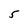
Character: 5